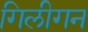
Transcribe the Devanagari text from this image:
गिलीगन